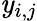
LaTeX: \mathit{y}_{i,j}